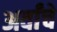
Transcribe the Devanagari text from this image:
अर्वांचे